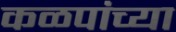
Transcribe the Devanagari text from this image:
कळपांच्या